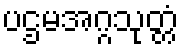
ပဌမအဂ္ဂသုတ္တံ